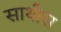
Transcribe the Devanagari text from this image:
साथीस